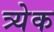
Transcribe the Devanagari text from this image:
त्र्येक